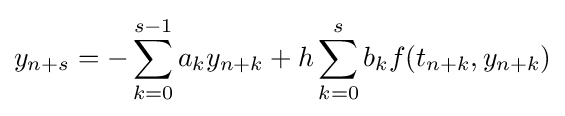
y_{n+s}=-\sum _{k=0}^{s-1}a_{k}y_{n+k}+h\sum _{k=0}^{s}b_{k}f(t_{n+k},y_{n+k})